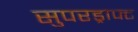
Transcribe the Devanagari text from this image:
सुपरड्राफ्ट